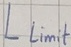
Text: Llimit